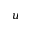
u